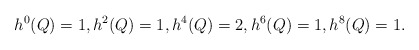
\begin{align*}h^0(Q)=1,h^2(Q)=1,h^4(Q)=2,h^6(Q)=1, h^8(Q)=1.\end{align*}